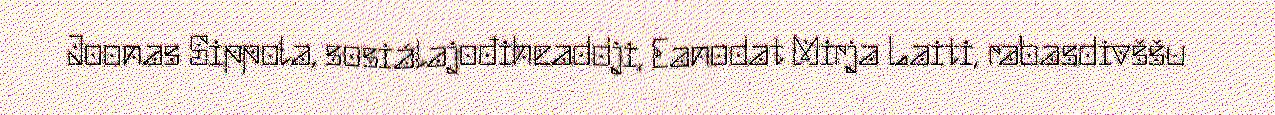
Joonas Sippola, sosiálajođiheaddji, Eanodat Mirja Laiti, rabasdivššu